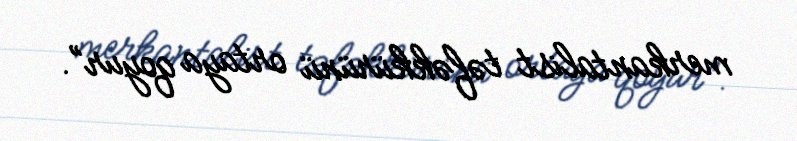
merkantalist təfəkkürünü ortaya qoyur”.